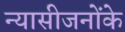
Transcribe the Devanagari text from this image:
न्यासीजनोंके